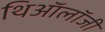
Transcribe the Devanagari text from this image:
थिऑलॉजी